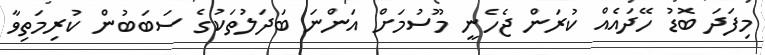
މިފަދަ ބޮޑު ހޭދައެއް ކުރަން ޖެހެނީ މޫސުމަށް އަންނަ ބަދަލުތަކުގެ ސަބަބުން ކުރިމަތިވާ